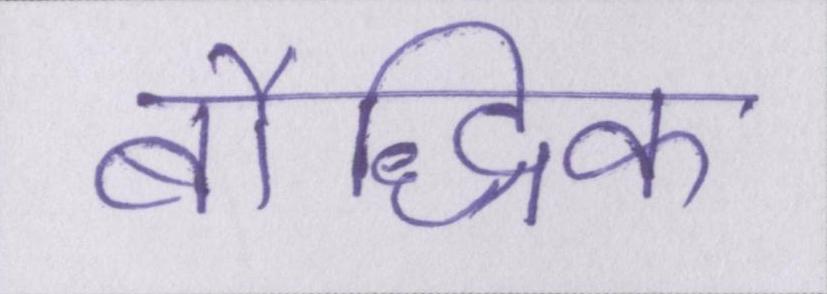
बौद्धिक